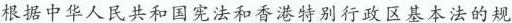
根据中华人民共和国宪法和香港特别行政区基本法的规